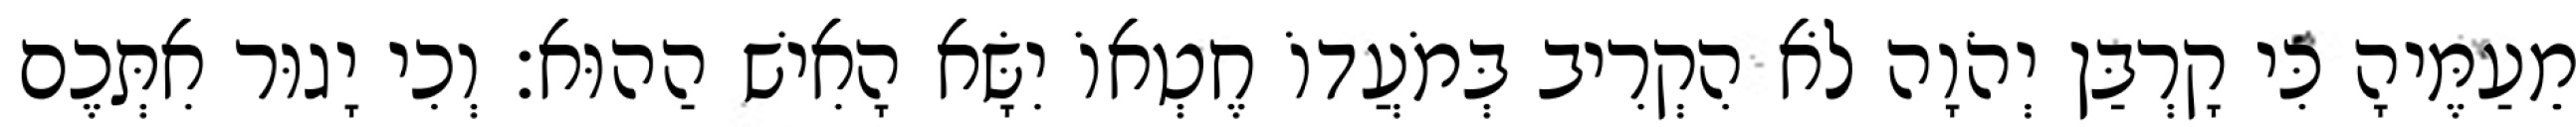
מֵעַמֶּיהָ כִּי קָרְבַּן יְהֹוָה לֹא הִקְרִיב בְּמֹעֲדוֹ חֶטְאוֹ יִשָּׂא הָאִישׁ הַהוּא׃ וְכִי יָגוּר אִתְּכֶם